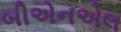
બીએનએલ